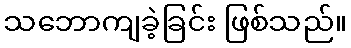
သဘောကျခဲ့ခြင်း ဖြစ်သည်။